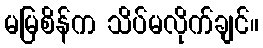
မမြစိန်က သိပ်မလိုက်ချင်။